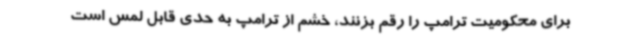
برای محکومیت ترامپ را رقم بزنند، خشم از ترامپ به حدی قابل لمس است